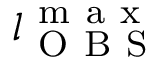
l _ { \mathrm { ~ O ~ B ~ S ~ } } ^ { \mathrm { ~ m ~ a ~ x ~ } }